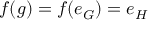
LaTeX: f ( g ) = f ( e _ { G } ) = e _ { H }